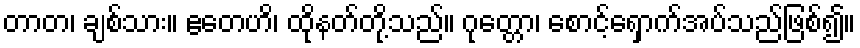
တာတ၊ ချစ်သား။ ဧတေဟိ၊ ထိုနတ်တို့သည်။ ဂုတ္တော၊ စောင့်ရှောက်အပ်သည်ဖြစ်၍။